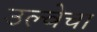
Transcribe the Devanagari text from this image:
उल्वेचा